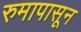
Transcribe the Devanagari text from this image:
रुमापासून